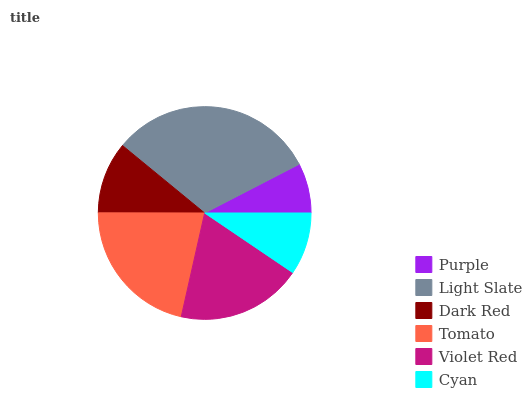
| Purple | Light Slate | Dark Red | Tomato | Violet Red | Cyan |
 | --- | --- | --- | --- | --- | --- |
 | 7.59% | 31.5% | 10.9% | 21.5% | 19.1% | 9.46% |